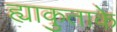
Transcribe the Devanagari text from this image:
ह्याकुताके